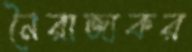
নৈরাজ্যকর